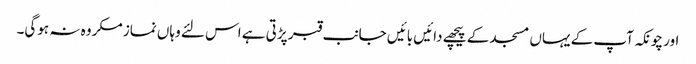
اور چونکہ آپ کے یہاں مسجد کے پیچھے دائیں بائیں جانب قبر پڑتی ہے اس لئے وہاں نماز مکروہ نہ ہوگی۔